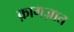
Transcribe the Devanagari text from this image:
क़ागज़ात